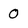
Character: 0